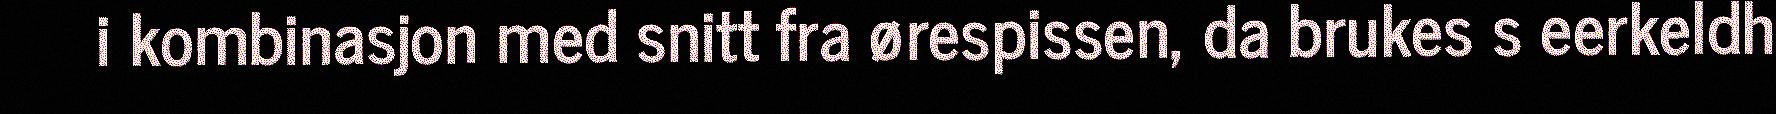
i kombinasjon med snitt fra ørespissen, da brukes s eerkeldh